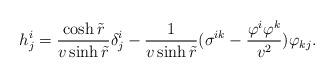
LaTeX: \begin{align*} h_j^i=\frac{\cosh \tilde{r}}{v\sinh \tilde{r} }\delta_j^i-\frac{1}{v\sinh \tilde{r} }(\sigma^{ik}-\frac{\varphi^i\varphi^k}{v^2})\varphi_{kj}. \end{align*}